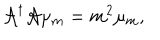
{ \cal A } ^ { \dagger } { \cal A } \mu _ { m } = m ^ { 2 } \mu _ { m } ,